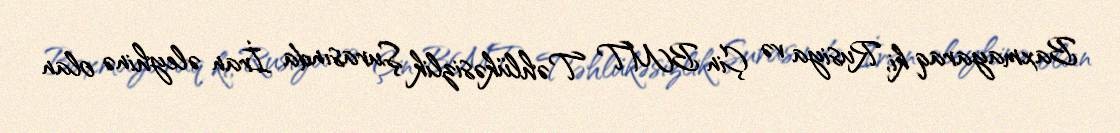
Baxmayaraq ki, Rusiya və Çin BMT Təhlükəsizlik Şurasında İran əleyhinə olan